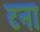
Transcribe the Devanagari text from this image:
टना